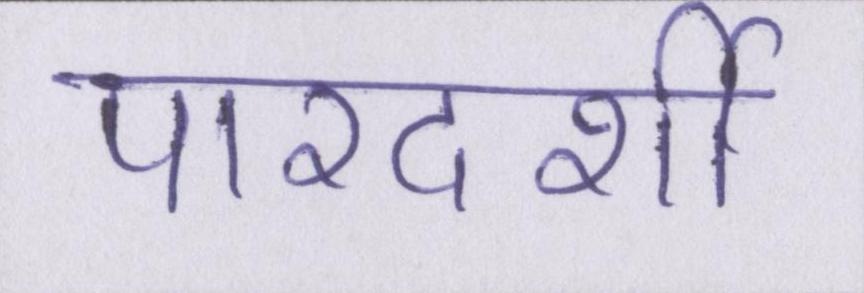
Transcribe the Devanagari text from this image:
पारदर्शी